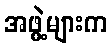
အဖွဲ့များက